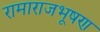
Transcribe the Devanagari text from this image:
रामाराजभूषण